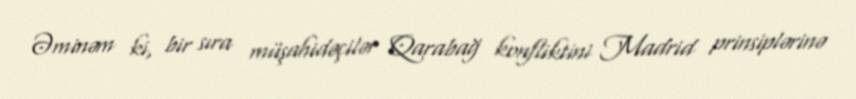
Əminəm ki, bir sıra müşahidəçilər Qarabağ konfliktini Madrid prinsiplərinə